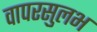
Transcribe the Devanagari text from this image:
वापरसुलभ